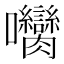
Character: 𡆝